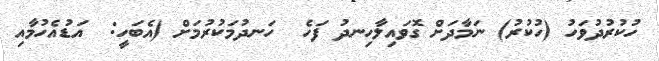
ހުކުރުދުވަހު (ހުކުރު) ނަމާދަށް ގޮވައިލާހިނދު ފަހެ  ހަނދުމަކުރުމަށް (އެބަހީ:  އަޑުއެހުމާއި